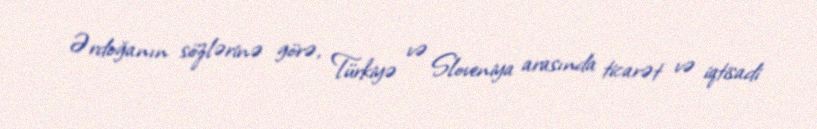
Ərdoğanın sözlərinə görə, Türkiyə və Sloveniya arasında ticarət və iqtisadi